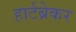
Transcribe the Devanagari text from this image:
हार्टब्रेकर